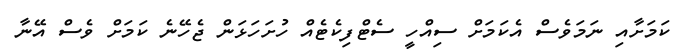
ކަމަށާއި ނަމަވެސް އެކަމަށް ސިއްހީ ސެޓްފިކެޓެއް ހުށަހަޅަން ޖެހޭނެ ކަމަށް ވެސް އޭނާ